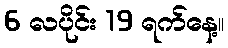
6 လပိုင်း 19 ရက်နေ့။